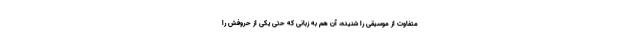
متفاوت از موسیقی را شنیده، آن هم به زبانی که حتی یکی از حروفش را